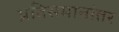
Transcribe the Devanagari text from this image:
प्रतिसमानांतर